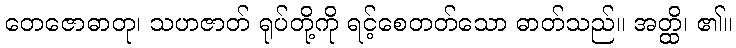
တေဇောဓာတု၊ သဟဇာတ် ရုပ်တို့ကို ရင့်စေတတ်သော ဓာတ်သည်။ အတ္ထိ၊ ၏။